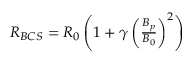
\begin{array} { r } { R _ { B C S } = R _ { 0 } \left( 1 + \gamma \left( \frac { B _ { p } } { B _ { 0 } } \right) ^ { 2 } \right) } \end{array}